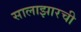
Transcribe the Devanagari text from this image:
सालाझारची